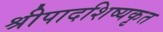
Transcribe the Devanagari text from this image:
श्रीपादशिष्यकृत